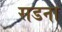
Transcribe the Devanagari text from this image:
सडना